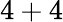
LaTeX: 4+4